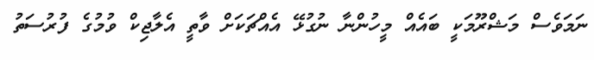
ނަމަވެސް މަޝްރޫމަކީ ބައެއް މީހުންނާ ނުގުޅޭ އެއްޗަކަށް ވާތީ އެލާޖިކް ވުމުގެ ފުރުސަތު